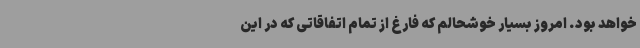
خواهد بود. امروز بسیار خوشحالم که فارغ از تمام اتفاقاتی که در این